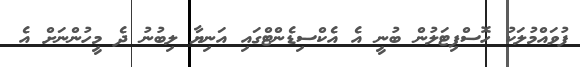
ފުވައްމުލަކު ހޮސްޕިޓަލުން ބުނީ އެ އެކްސިޑެންޓްގައި އަނިޔާ ލިބުނު ދެ މީހުންނަށް އެ